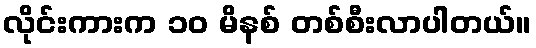
လိုင်းကားက ၁၀ မိနစ် တစ်စီးလာပါတယ်။